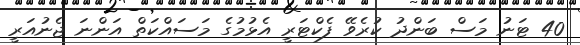
40 ޓަނު މަސް ބަންދު ކުރެވޭ ފެކްޓަރީ އެޅުމުގެ މަސައްކަތް އަންނަ ޖެނުއަރީ